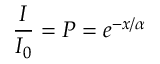
\frac { I } { I _ { 0 } } = P = e ^ { - x / \alpha } \,